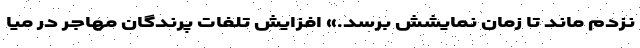
نزدم ماند تا زمان نمایشش برسد.» افزایش تلفات پرندگان مهاجر در میا